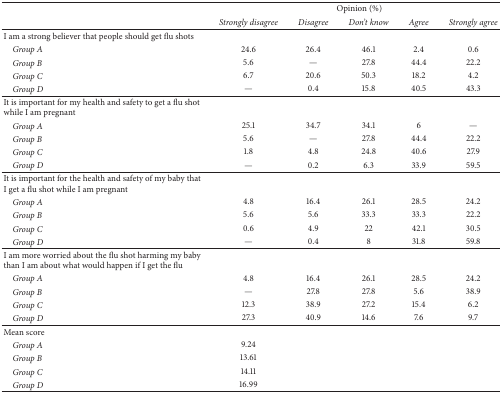
| <ROWSPAN=2>  | <COLSPAN=5> Opinion (%) |
 | Strongly disagree | Disagree | Don't know | Agree | Strongly agree |
 | --- | --- | --- | --- | --- | --- |
 | I am a strong believer that people should get flu shots |  |  |  |  |  |
 | Group A | 24.6 | 26.4 | 46.1 | 2.4 | 0.6 |
 | Group B | 5.6 | — | 27.8 | 44.4 | 22.2 |
 | Group C | 6.7 | 20.6 | 50.3 | 18.2 | 4.2 |
 | Group D | — | 0.4 | 15.8 | 40.5 | 43.3 |
 | It is important for my health and safety to get a flu shot while I am pregnant |  |  |  |  |  |
 | Group A | 25.1 | 34.7 | 34.1 | 6 | — |
 | Group B | 5.6 | — | 27.8 | 44.4 | 22.2 |
 | Group C | 1.8 | 4.8 | 24.8 | 40.6 | 27.9 |
 | Group D | — | 0.2 | 6.3 | 33.9 | 59.5 |
 | It is important for the health and safety of my baby that I get a flu shot while I am pregnant |  |  |  |  |  |
 | Group A | 4.8 | 16.4 | 26.1 | 28.5 | 24.2 |
 | Group B | 5.6 | 5.6 | 33.3 | 33.3 | 22.2 |
 | Group C | 0.6 | 4.9 | 22 | 42.1 | 30.5 |
 | Group D | — | 0.4 | 8 | 31.8 | 59.8 |
 | I am more worried about the flu shot harming my baby than I am about what would happen if I get the flu |  |  |  |  |  |
 | Group A | 4.8 | 16.4 | 26.1 | 28.5 | 24.2 |
 | Group B | — | 27.8 | 27.8 | 5.6 | 38.9 |
 | Group C | 12.3 | 38.9 | 27.2 | 15.4 | 6.2 |
 | Group D | 27.3 | 40.9 | 14.6 | 7.6 | 9.7 |
 | Mean score |  |  |  |  |  |
 | Group A | 9.24 |  |  |  |  |
 | Group B | 13.61 |  |  |  |  |
 | Group C | 14.11 |  |  |  |  |
 | Group D | 16.99 |  |  |  |  |